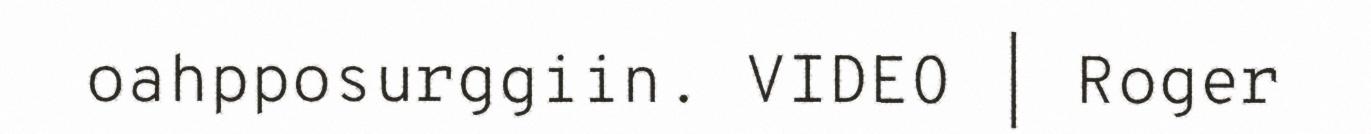
oahpposurggiin. VIDEO | Roger